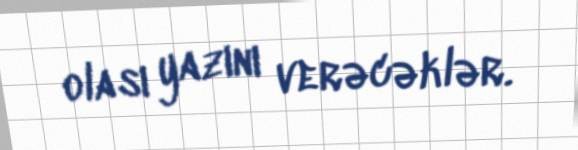
olası yazını verəcəklər.